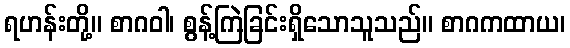
ရဟန်းတို့။ စာဂဝါ၊ စွန့်ကြဲခြင်းရှိသောသူသည်။ စာဂကထာယ၊